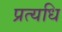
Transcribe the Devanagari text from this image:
प्रत्यधि